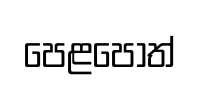
පෙළපොත්